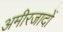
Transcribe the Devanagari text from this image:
अमीरजादों